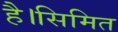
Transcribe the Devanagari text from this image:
है।सिमित